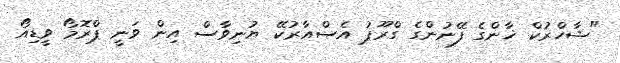
"ޝާހްރުކް ޚާންގެ ފޭނުންގެ ގްރޫޕު އެސްއާރުކޭ ޔުނިވާސް އިން ވަނީ ޕްރޮމޯ ވީޑިއޯ